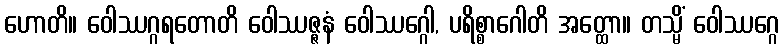
ဟောတိ။ ဝေါဿဂ္ဂရတောတိ ဝေါဿဇ္ဇနံ ဝေါဿဂ္ဂေါ, ပရိစ္စာဂေါတိ အတ္ထော။ တသ္မိံ ဝေါဿဂ္ဂေ